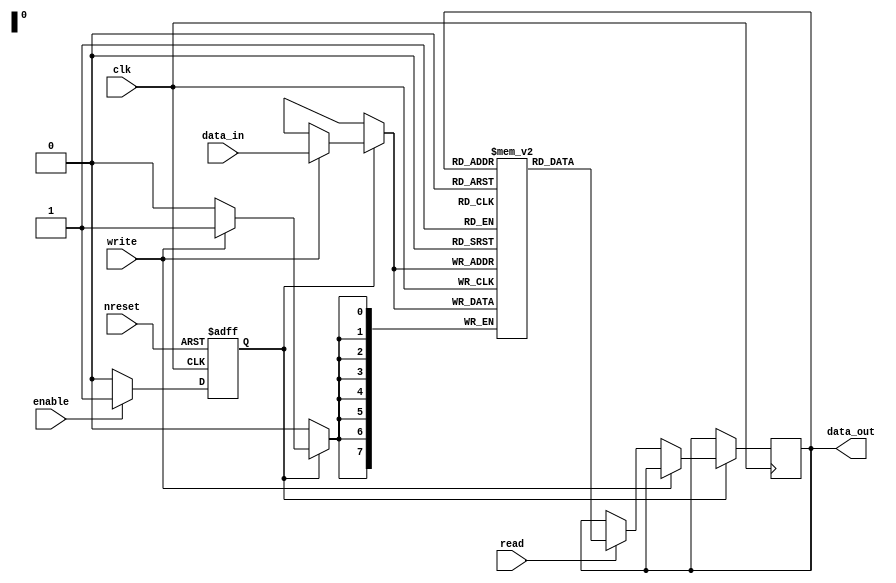
module memory_block (
    input wire clk,            // Clock signal
    input wire nreset,        // Active-low reset
    input wire enable,        // Enable signal
    input wire read,          // Read control signal
    input wire write,         // Write control signal
    input wire [7:0] data_in, // Data input for write operation
    output reg [7:0] data_out // Data output for read operation
);

    reg [7:0] mem [0:255]; // Simple memory array (256 x 8 bits)
    reg powered_on;        // Power state of the memory block

    // Power management logic
    always @(posedge clk or negedge nreset) begin
        if (!nreset) begin
            powered_on <= 1'b0; // Reset power to off
        end else if (enable) begin
            powered_on <= 1'b1;  // Enable power to the block
        end else begin
            powered_on <= 1'b0;  // Disable power if enable is not asserted
        end
    end

    // Memory operation logic
    always @(posedge clk) begin
        if (powered_on) begin
            if (write) begin
                mem[data_in[7:0]] <= data_in; // Write data to the memory
            end else if (read) begin
                data_out <= mem[data_out[7:0]]; // Read data from memory
            end
        end
    end

endmodule